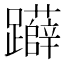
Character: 𨇨